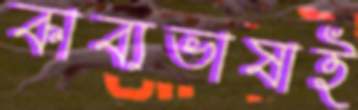
কাব্যভাষাই